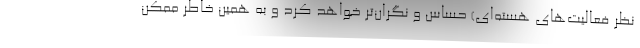
نظر فعالیت‌های هسته‌ای) حساس و نگران‌تر خواهد کرد و به همین خاطر ممکن